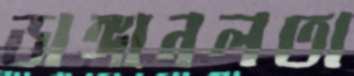
ডাঙ্গানলতা